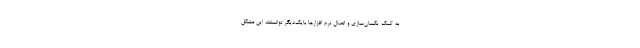
به کمک یکسان‌سازی و اتصال نرم افزارها بایک‌دیگر توانستند این مشکل